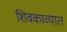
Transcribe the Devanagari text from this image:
शिवकाव्यात